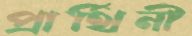
প্রার্থিনী